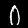
Digit: 0